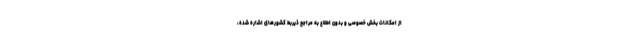
از امکانات بخش خصوصی و بدون اطلاع به مراجع ذیربط کشورهای اشاره شده،